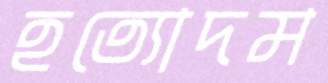
হত্যোদম